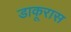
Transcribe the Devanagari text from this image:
डाकूरास